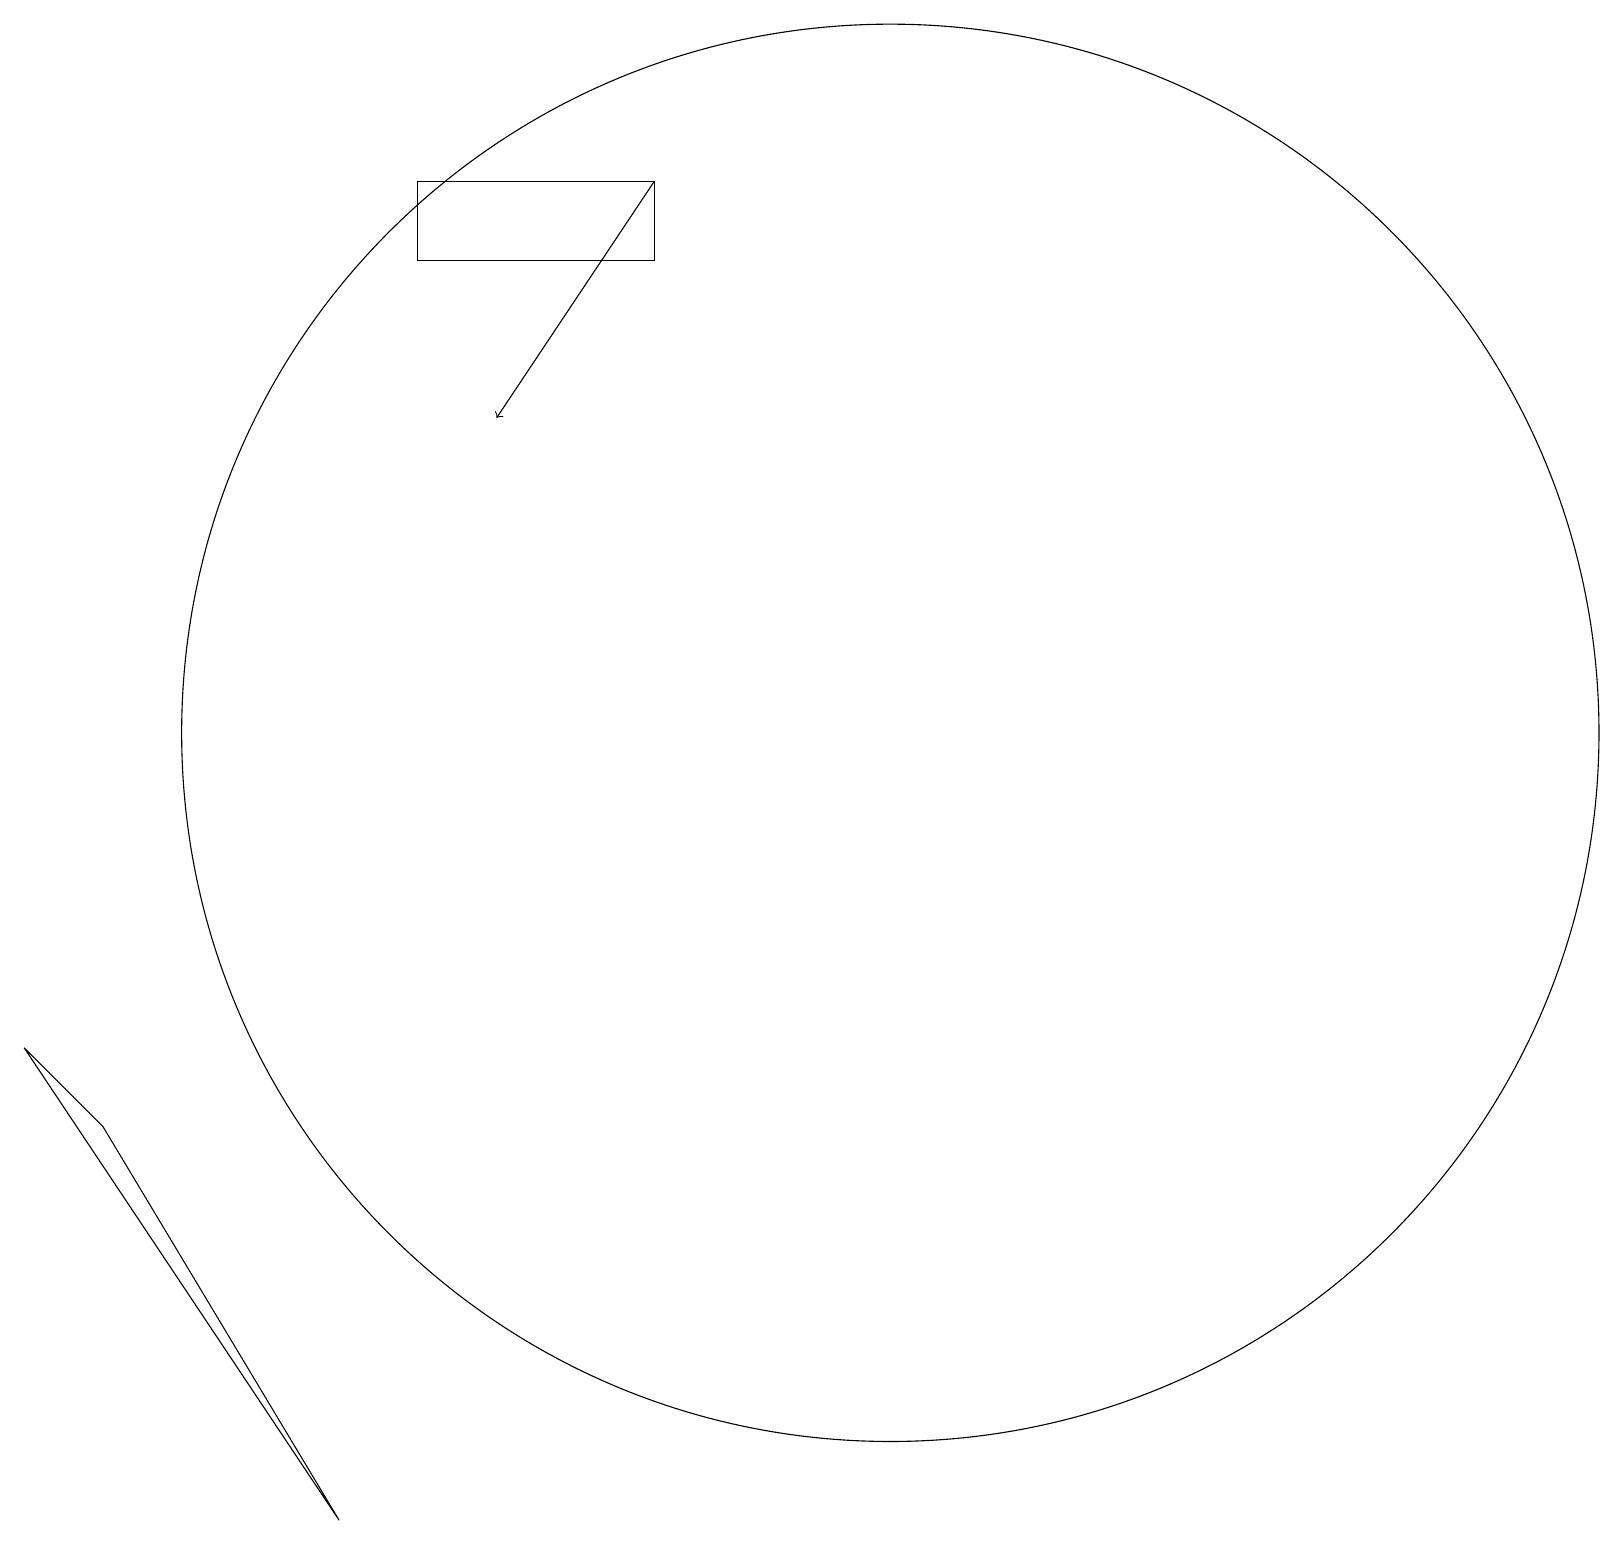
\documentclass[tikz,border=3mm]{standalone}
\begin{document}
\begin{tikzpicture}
\draw (8,18) rectangle (5,19);
\draw (0,8) -- (1,7) -- (4,2) -- cycle;
\draw[->] (8,19) -- (6,16);
\draw (10,11) circle (0);
\draw (11,12) circle (9);
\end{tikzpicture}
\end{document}